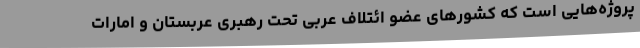
پروژه‌هایی است که کشورهای عضو ائتلاف عربی تحت رهبری عربستان و امارات